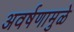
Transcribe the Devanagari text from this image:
अवर्षणामुळे